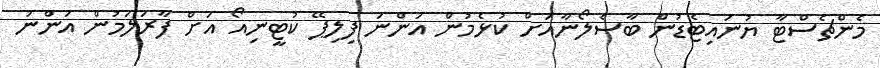
މެންޗެސްޓާ ޔުނައިޓެޑުން ބާސެލޯނާއަށް ކުޅެމުން އަންނަ ފިލިޕޭ ކުޓީނިއޯ އަށް ފާރަލަމުން އަންނަ